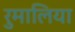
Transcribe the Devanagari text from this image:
रुमालिया